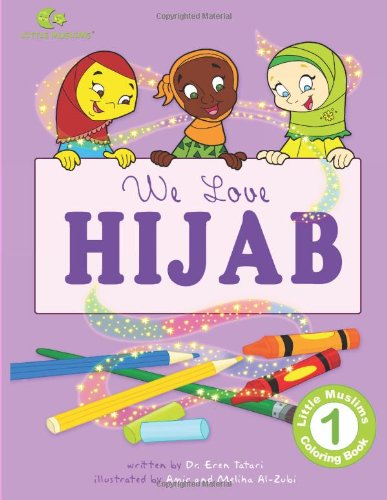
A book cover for We Love Hijab; Dr. Eren Tatari; Children's Books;